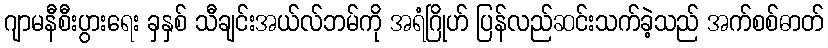
ဂျာမနီစီးပွားရေး ခှနှစ် သီချင်းအယ်လ်ဘမ်ကို အရံဂြိုဟ် ပြန်လည်ဆင်းသက်ခဲ့သည် အက်စစ်ဓာတ်